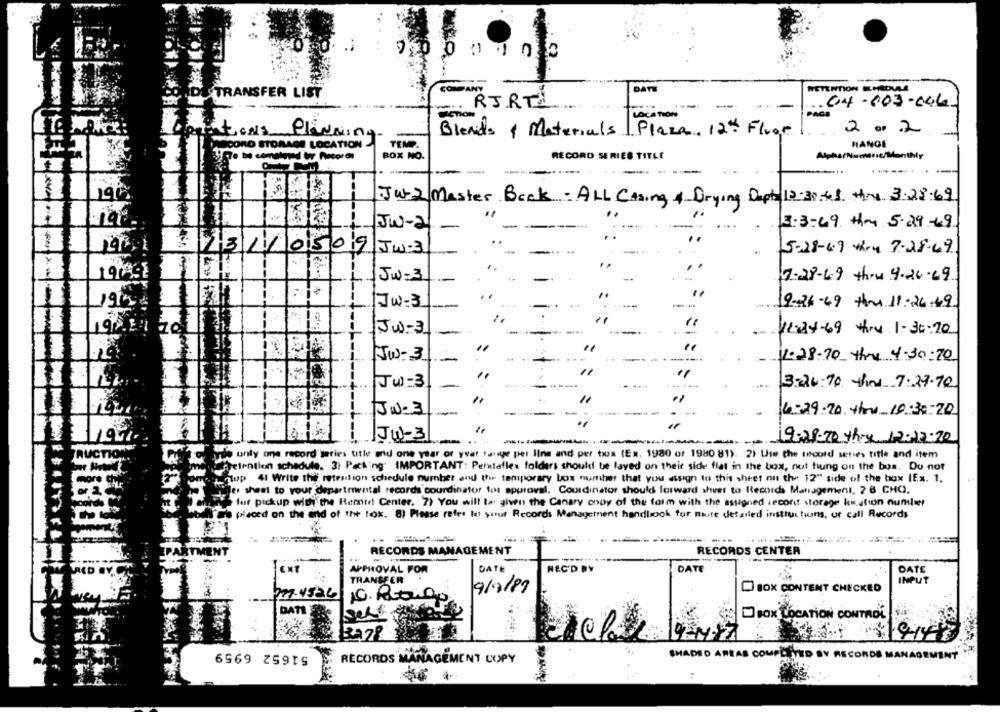
COMPA
DAT
WETERTION EHRDULA
TRANSFER LIST
RJRT
.04-603-646-
LOCATION
Nein
Blends y Materials Plaza. 12th Floor
2 OF 2
HANGE
ASCORO STORAGE LOCATION
TEMP.
BOX NO.
RECORD SERIES TITLE
AtpharNumeric/Monthly
-------
195
JW-2 Mester Back- ALL Casing & Drying Depto 12 30 41 thru 3.28.69
JW-2
3.3:69 thm 5.29-69
0509 JW-3
5-28-6.9 thru 7-28-69
194
JW- 3
7-28-49 thru 9.20-69
195
Jw-3
19-26-49 thru 11.26.49
JW - 3
-
12-24-69 thru 1-30:20
JW-3
1-28-70 thru 4-30:20
11
Ju-3
3-26-70 thaw 7:27.70
11
JU- 3
4-29-20 You 10:30:20
JW-3
19-28-70 they 12:12:20
de only one record series title and one year of yvar fange per line and per box (Ex. 1980 or 1980 81). 2) Use the record series title and item
retention schedule. 3: Packing IMPORTANT: Penitalles folders should be layed on their side flat in the box, not fung on the boa. Du not
top 41 Write the retention schedule number and the temporary box numher that you assign to this sheet ou the 12" side of the box (Ex. 1.
Je sheet to your departmental records courdinator tos approval. Coordinator should forward shver to Records Management, 28 CHO.
fur pickup with the Rechte! Center. 7) You will Be given the Canary copy of the form with the assigned record storage kustion number
placed on the end of the box. 8) Please refer to your Records Management handbook for mute detailed instructions, ur call Records
-
RECORDS MANAGEMENT
RECORDS CENTER
APPROVAL FOR
DATE
DATE
DATE
TRANSFER
INPUT
19/9/87
D BOX CONTENT CHECKED
577-4526
DATE
DIOX LOCATION CONTROL
CHADHO ARRAS COMPLETED BY
6969 2591
RECORDS MANAGEMENT COPY